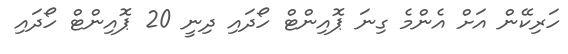
ހަރިކޭން އަށް އެންމެ ގިނަ ޕޮއިންޓް ހޯދައި ދިނީ 20 ޕޮއިންޓް ހޯދައި